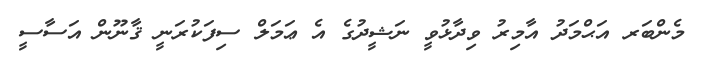
މެންބަރ އަޙްމަދު އާމިރު ވިދާޅުވީ ނަޝީދުގެ އެ ޢަމަލް ސިފަކުރަނީ ޤާނޫން އަސާސީ